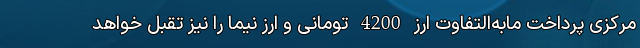
مرکزی پرداخت مابه‌التفاوت ارز 4200 تومانی و ارز نیما را نیز تقبل خواهد